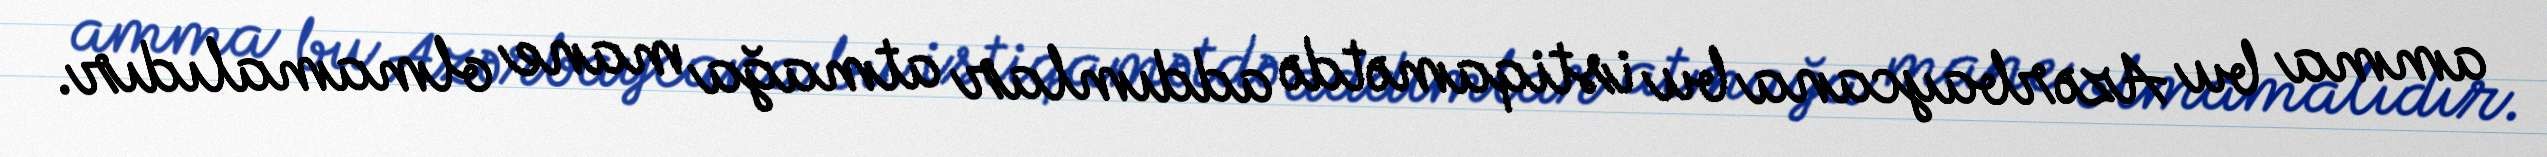
amma bu Azərbaycana bu istiqamətdə addımlar atmağa mane olmamalıdır.